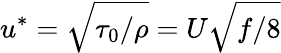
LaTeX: u^{*}=\sqrt{\tau_{0}/\rho}=U\sqrt{f/8}